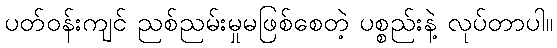
ပတ်ဝန်းကျင် ညစ်ညမ်းမှုမဖြစ်စေတဲ့ ပစ္စည်းနဲ့ လုပ်တာပါ။